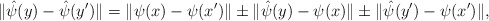
\begin{align*}\|\hat\psi(y) - \hat\psi(y')\| = \|\psi(x) - \psi(x')\| \pm \|\hat\psi(y) - \psi(x)\| \pm \|\hat\psi(y') - \psi(x')\|,\end{align*}